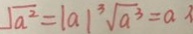
\sqrt { a ^ { 2 } } = \vert a \vert ^ { 3 } \sqrt { a ^ { 3 } } = a